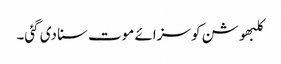
کلبھوشن کو سزائے موت سنا دی گئی۔